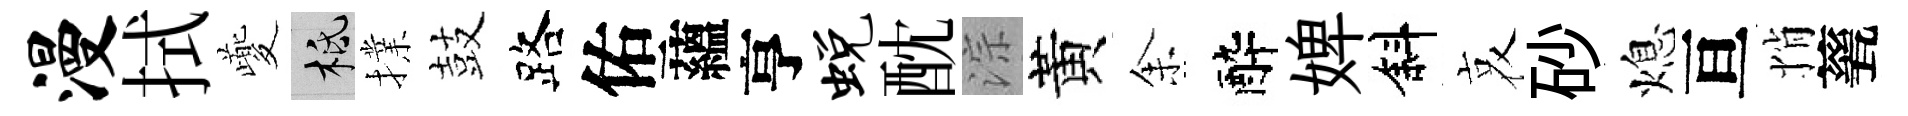
漫拭夔柢擈鼓路佑蘊亨蜕酖淙黃𪜬醉婢斜哀砂熄亘悄甆